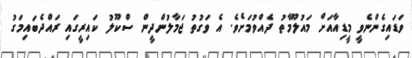
ވަޑައިގެންނެވީ މީޑިއާއަށް މައުލޫމާތު ދެއްވުމަށެވެ. އެ ވަގުތު ޖަމާލުންދީން ސްކޫލު ކައިރީގައި ރައްދެބައިމަގު